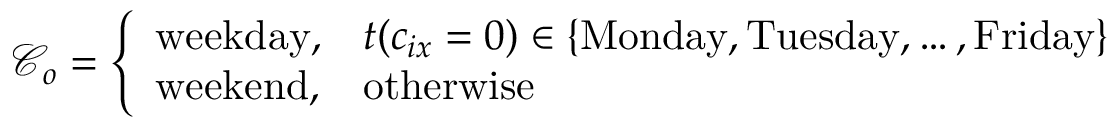
\mathcal { C } _ { o } = \left\{ \begin{array} { l l } { \mathrm { w e e k d a y } , } & { t ( c _ { i x } = 0 ) \in \{ \mathrm { M o n d a y } , \mathrm { T u e s d a y } , \ldots , \mathrm { F r i d a y } \} } \\ { \mathrm { w e e k e n d } , } & { \mathrm { o t h e r w i s e } } \end{array} \right.